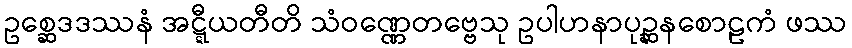
ဥစ္ဆေဒဒဿနံ အဋ္ဋီယတီတိ သံဝဏ္ဏေတဗ္ဗေသု ဥပါဟနာပုဉ္ဆနစောဠကံ ဖဿ